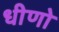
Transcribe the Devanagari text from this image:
धीणो